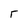
Character: r